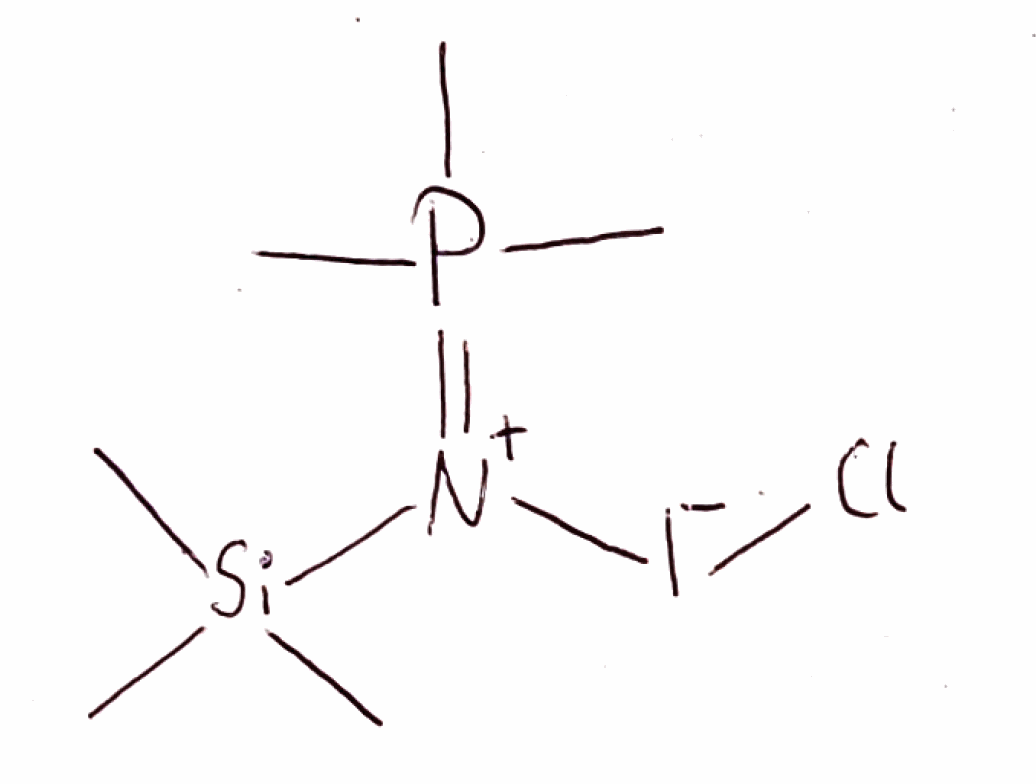
Simplified molecular-input line-entry system (SMILES) notation of the given molecule:
C[Si](C)(C)[N+](=P(C)(C)C)[I-]Cl